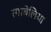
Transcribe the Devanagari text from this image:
रंगाबेलिया